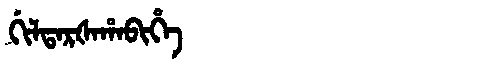
Manchu: ᡤᡳᠯᡨᠠᡵᡧᠠᡥᠠᠪᡳᡥᡝ
Romanization: GILTARŠAHABIHE